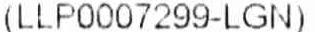
(LLP0007299-LGN)